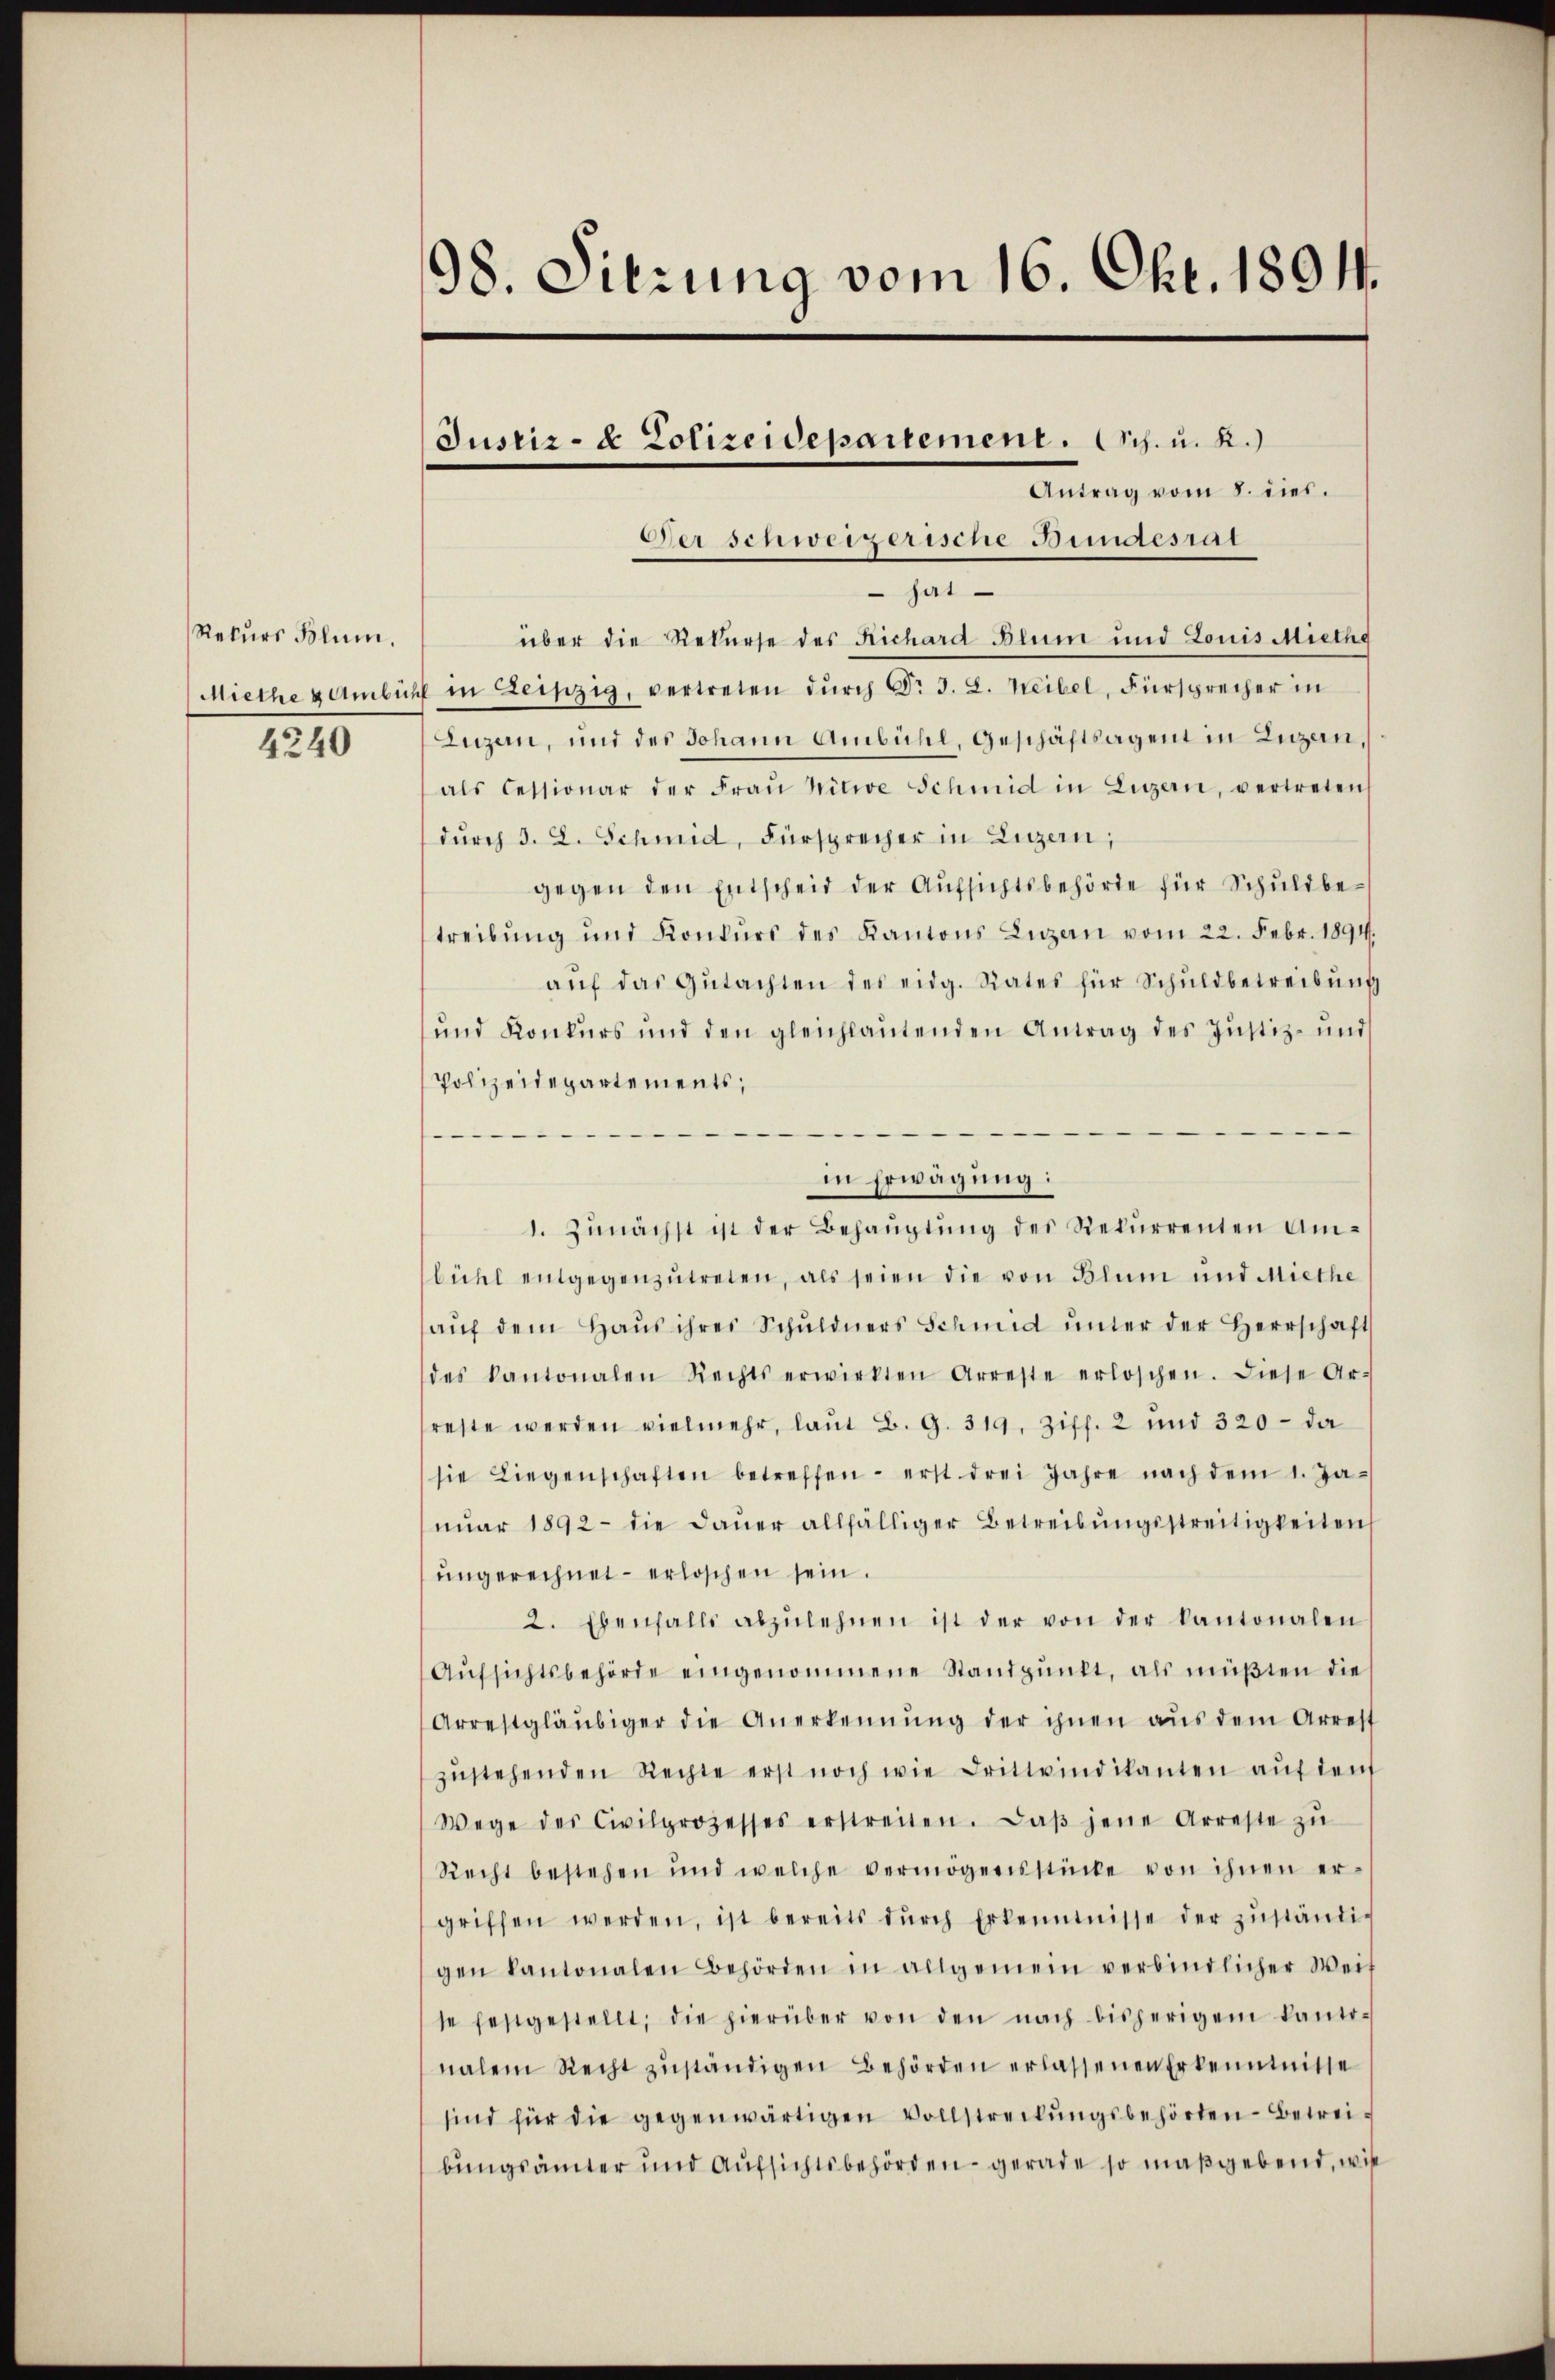
Rekŭrs Blum.
Miethe & Ambich
4240

98. Sitzung vom 16. Okt. 1894.

Justiz- & Polizeidepartement. Arch. u. R.)

Antrag vom 8. dies.
Der schweizerische Bundesrat
 hat
über die Rekurse des Richard Blum und Louis Miethe
 in Leipzig, vertreten durch Dr J. L. Weibel, Fürsprecher in
Luzern, und des Johann Ambühl, Geschäftsagent in Luzern,
als Cessionar der Fraŭ Nitwe Schmid in Luzern, vertreten
dŭrch d. L. Schmid, Fürsprecher in Luzern,
gegen den Entscheid der Aufsichtsbehörde für Schuldbetreibung und Konkŭrs des Kantons Luzern vom 22. Febr. 1894.
aŭf das Gŭtachten des eidg. Rates für Schŭldbetreibŭng
und Konkurs und den gleichlautenden Antrag des Justiz- und
Polizeidepartements,
in Erwägung:
1. Zŭnächst ist der Behaŭptŭng des Rekŭrrenten Um-
bühl entgegenzŭtreten, als seien die von Blum und Miethe
aŭf dem Haŭs ihres Schŭldners Schmid ŭnter der Herrschaft
des Kantonalen Rechts erwirkten Arreste erloschen. Diese Ar-
reste werden vielmehr, laŭt B. G. 319, Ziff. 2 und 320 - da
sie Liegenschaften betreffen - erst drei Jahre nach dem 1. Ja-
nŭar 1892 - die Daŭer allfälliger Betreibŭngsstreitigkeiten
ungerechnet - erloschen sein.
2. Ebenfalls abzulehnen ist der von der kantonalen
Aŭfsichtsbehörde eingenommene Standpunkt, als müßten die
Arrestgläubiger die Anerkennung der ihnen aŭs dem Arrest
zŭstehenden Rechte erst noch wie drittindikanten aŭf dem
Wege des Civilprozesses erstreiten. Daβ jene Arreste zŭ
Recht bestehen und welche vermögensstücke von ihnen er-
griffen werden, ist bereits dŭrch Erkenntnisse der zŭständi-
gen kantonalen Behörden in allgemein verbindlicher Weit
se festgestellt; die hierüber von den nach bisherigen kanto-
nalem Recht zŭständigen Behörden erlassenen Erkenntnisse
sind für die gegenwärtigen Vollstreitŭngsbehörten Betreibungsämter und Aufsichtsbehörden - gerade so maßgebend, wie